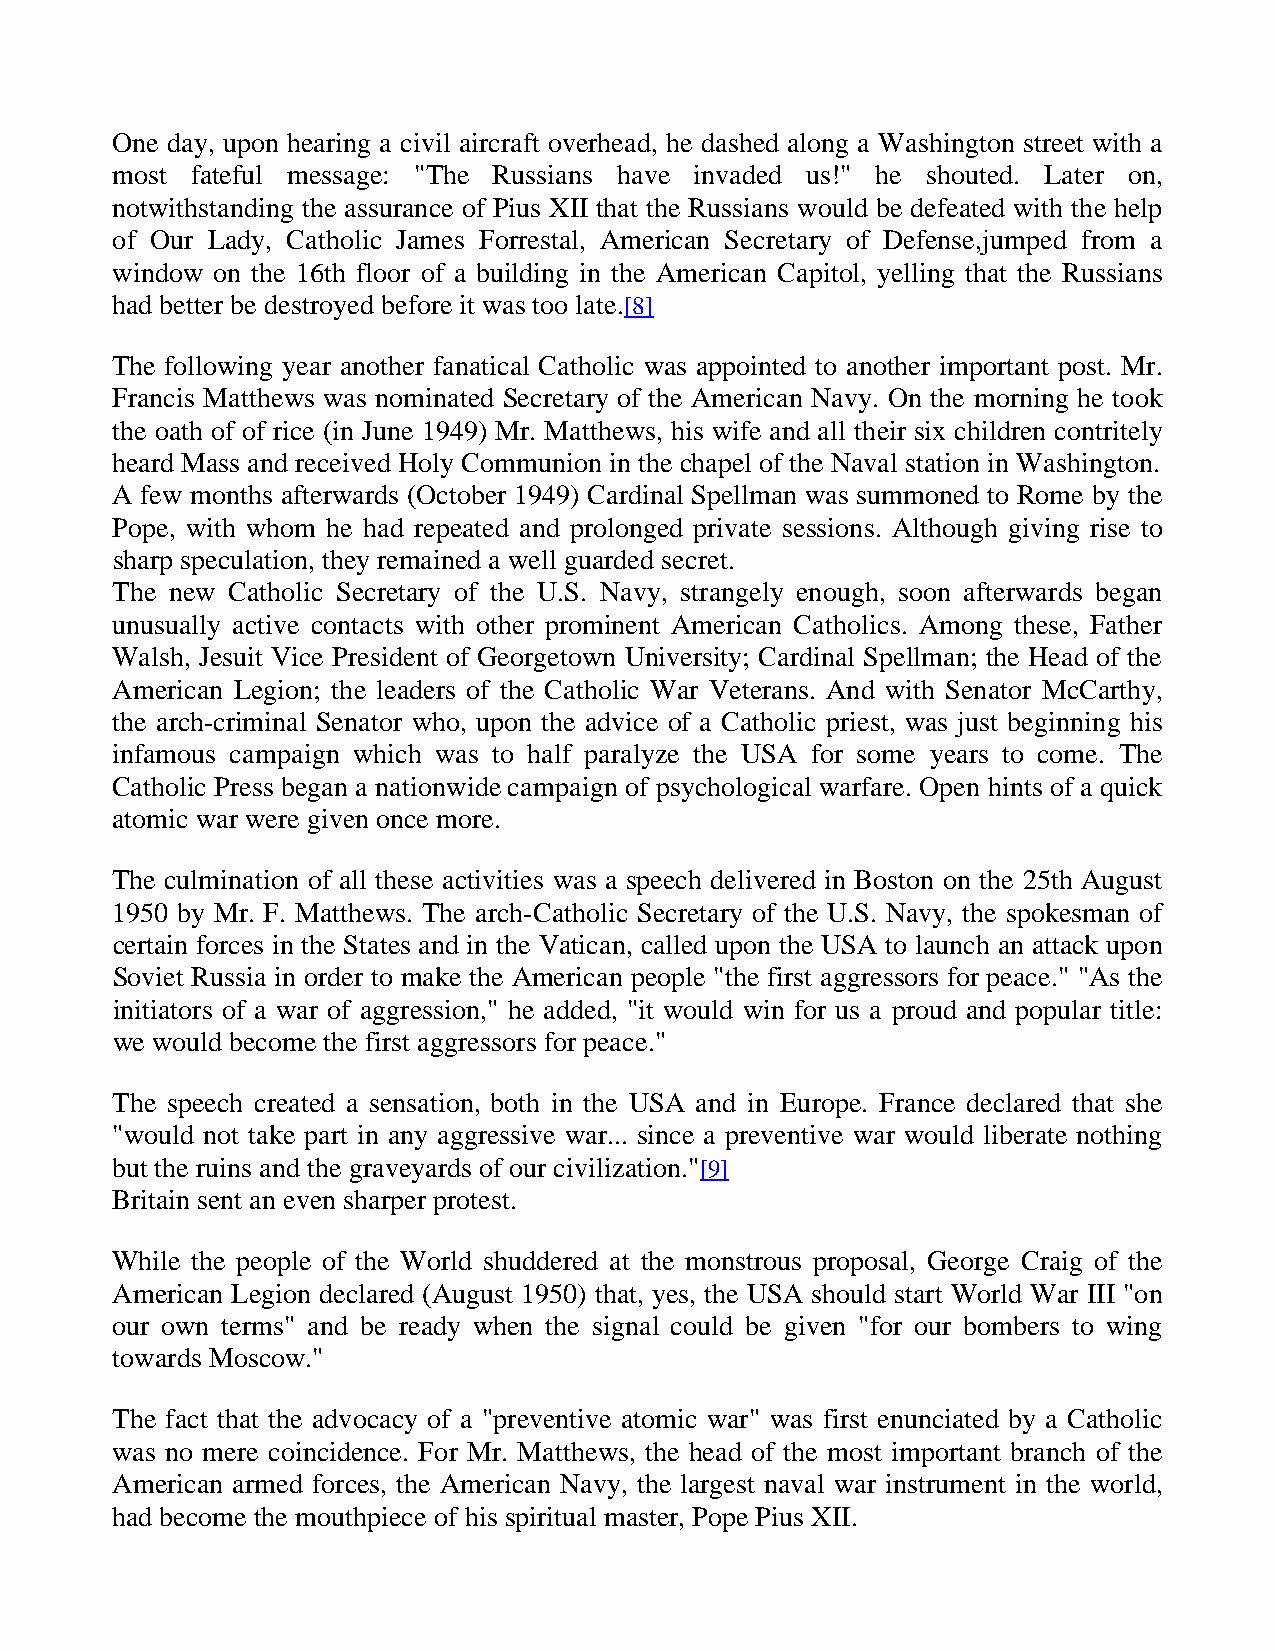
One day, upon hearing a civil aircraft overhead, he dashed along a Washington street with a
 most  fateful message: "The Russians have invaded us!" he shouted. Later on,
 notwithstanding the assurance of Pius XII that the Russians would be defeated with the help
 of Our Lady, Catholic James Forrestal, American Secretary of Defense,jumped from a
 window on the 16th floor of a building in the American Capitol, yelling that the Russians
 had better be destroyed before it was too late.[8]
 The following year another fanatical Catholic was appointed to another important post. Mr.
 Francis Matthews was nominated Secretary of the American Navy. On the morning he took
 the oath of of rice (in June 1949) Mr. Matthews, his wife and all their six children contritely
 heard Mass and received Holy Communion in the chapel of the Naval station in Washington.
 A few months afterwards (October 1949) Cardinal Spellman was summoned to Rome by the
 Pope, with whom he had repeated and prolonged private sessions. Although giving rise to
 sharp speculation, they remained a well guarded secret.
 The new Catholic Secretary of the U.S. Navy, strangely enough, soon afterwards began
 unusually active contacts with other prominent American Catholics. Among these, Father
 Walsh, Jesuit Vice President of Georgetown University; Cardinal Spellman; the Head of the
 American Legion; the leaders of the Catholic War Veterans. And with Senator McCarthy,
 the arch-criminal Senator who, upon the advice of a Catholic priest, was just beginning his
 infamous campaign which was to half paralyze the USA for some years to come. The
 Catholic Press began a nationwide campaign of psychological warfare. Open hints of a quick
 atomic war were given once more.
 The culmination of all these activities was a speech delivered in Boston on the 25th August
 1950 by Mr. F. Matthews. The arch-Catholic Secretary of the U.S. Navy, the spokesman of
 certain forces in the States and in the Vatican, called upon the USA to launch an attack upon
 Soviet Russia in order to make the American people "the first aggressors for peace." "As the
 initiators of a war of aggression," he added, "it would win for us a proud and popular title:
 we would become the first aggressors for peace."
 The speech created a sensation, both in the USA and in Europe. France declared that she
 "would not take part in any aggressive war... since a preventive war would liberate nothing
 but the ruins and the graveyards of our civilization."[9]
 Britain sent an even sharper protest.
 While the people of the World shuddered at the monstrous proposal, George Craig of the
 American Legion declared (August 1950) that, yes, the USA should start World War III "on
 our own terms" and be ready when the signal could be given "for our bombers to wing
 towards Moscow."
 The fact that the advocacy of a "preventive atomic war" was first enunciated by a Catholic
 was no mere coincidence. For Mr. Matthews, the head of the most important branch of the
 American armed forces, the American Navy, the largest naval war instrument in the world,
 had become the mouthpiece of his spiritual master, Pope Pius XII.